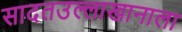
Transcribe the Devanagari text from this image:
सादतउल्लाखानाला